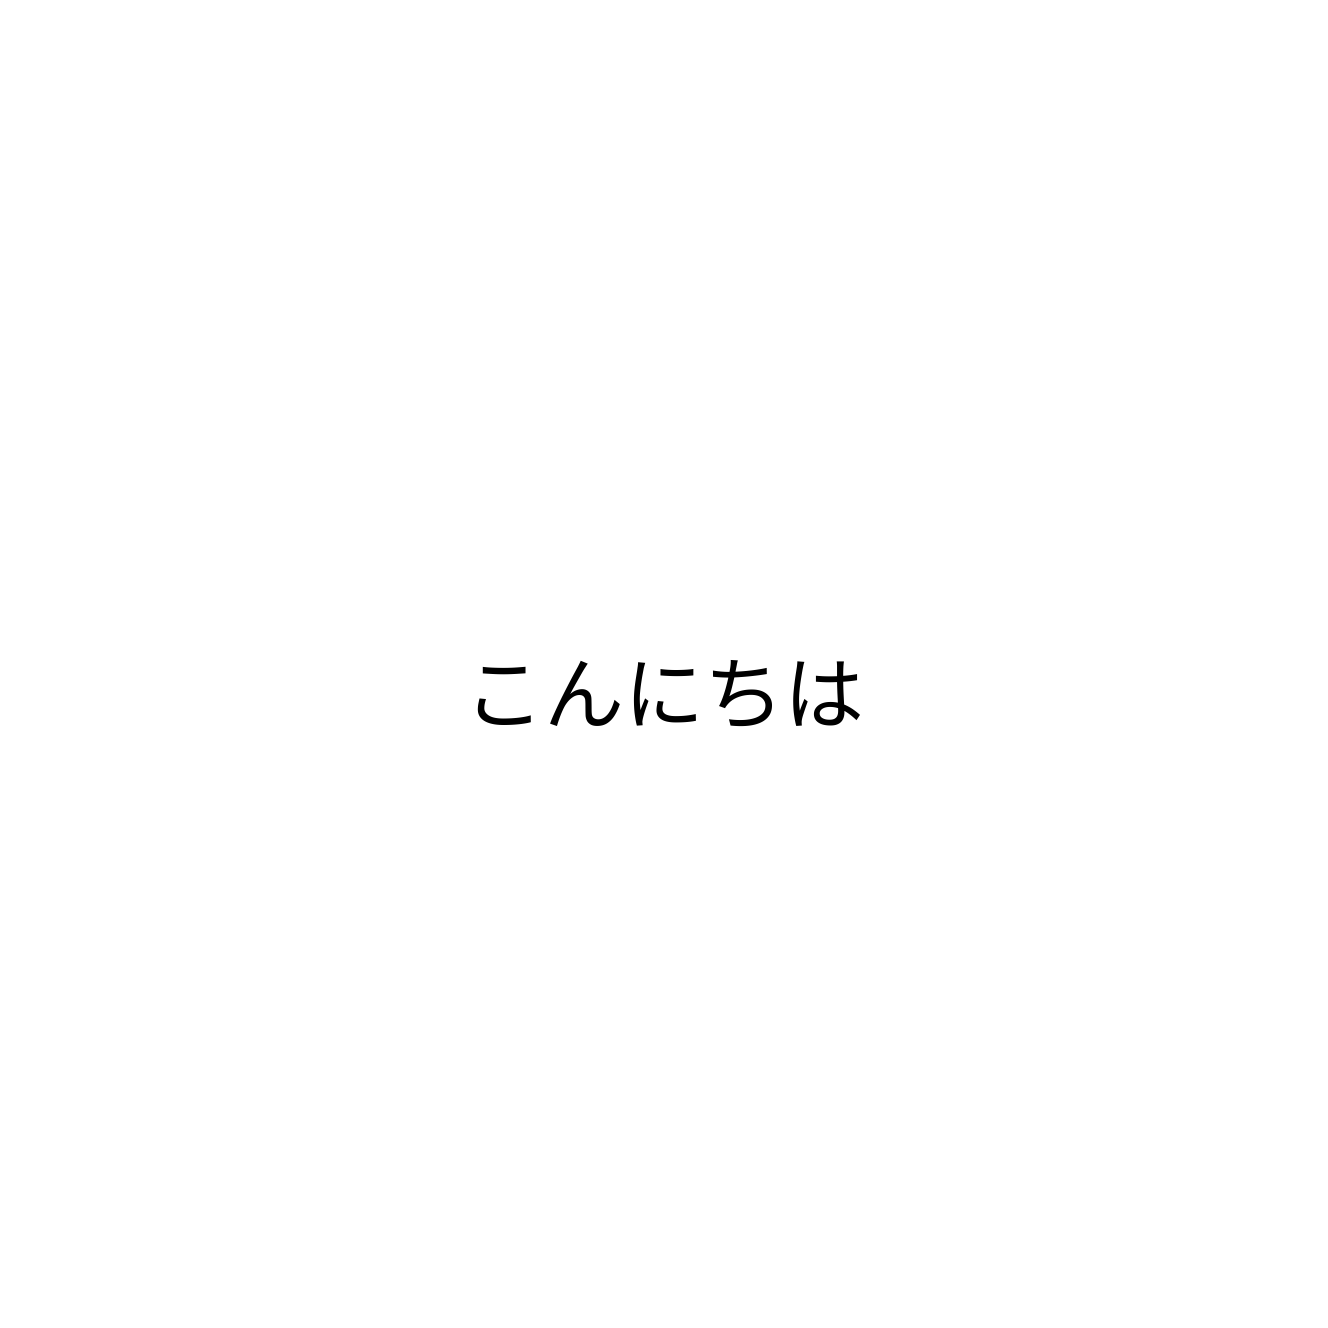
こんにちは